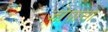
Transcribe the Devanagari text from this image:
जोपासा